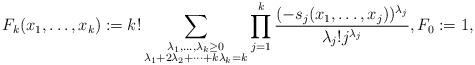
LaTeX: \begin{align*}F_k(x_1, \dots, x_k) := k! \sum_{\substack{\lambda_1, \dots, \lambda_k \geq 0 \\ \lambda_1 + 2\lambda_2 + \cdots + k \lambda_k = k}} \prod_{j=1}^k \frac{(-s_j(x_1, \dots, x_j))^{\lambda_j}}{\lambda_j! j^{\lambda_j}}, F_0 := 1, \end{align*}